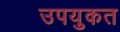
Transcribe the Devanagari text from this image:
उपयुकत